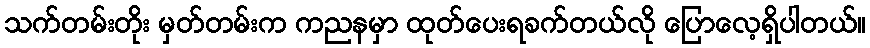
သက်တမ်းတိုး မှတ်တမ်းက ကညနမှာ ထုတ်ပေးရခက်တယ်လို ပြောလေ့ရှိပါတယ်။